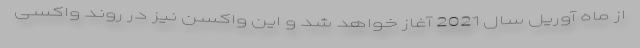
از ماه آوریل سال 2021 آغاز خواهد شد و این واکسن نیز در روند واکسی